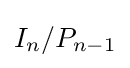
I_{n}/P_{n-1}